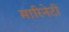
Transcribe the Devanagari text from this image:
मारिनेटी